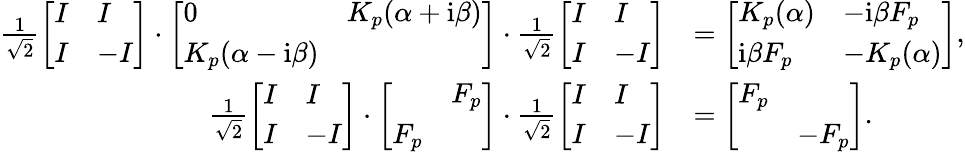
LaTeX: \begin{array}{rl}{\frac{1}{\sqrt 2}\left[\begin{array}{ll}{I}&{I}\\ {I}&{-I}\end{array}\right]\cdot\left[\begin{array}{ll}{0}&{K_{p}(\alpha+\mathrm{i}\beta)}\\ {K_{p}(\alpha-\mathrm{i}\beta)}&\end{array}\right]\cdot\frac{1}{\sqrt 2}\left[\begin{array}{ll}{I}&{I}\\ {I}&{-I}\end{array}\right]}&{=\left[\begin{array}{ll}{K_{p}(\alpha)}&{-\mathrm{i}\beta F_{p}}\\ {\mathrm{i}\beta F_{p}}&{-K_{p}(\alpha)}\end{array}\right],}\\ {\frac{1}{\sqrt 2}\left[\begin{array}{ll}{I}&{I}\\ {I}&{-I}\end{array}\right]\cdot\left[\begin{array}{ll}&{F_{p}}\\ {F_{p}}&\end{array}\right]\cdot\frac{1}{\sqrt 2}\left[\begin{array}{ll}{I}&{I}\\ {I}&{-I}\end{array}\right]}&{=\left[\begin{array}{ll}{F_{p}}&\\ &{-F_{p}}\end{array}\right].}\end{array}